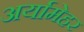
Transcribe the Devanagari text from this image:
अर्यामेहर